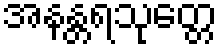
အနန္တရသုတ္တေ